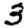
Digit: 3